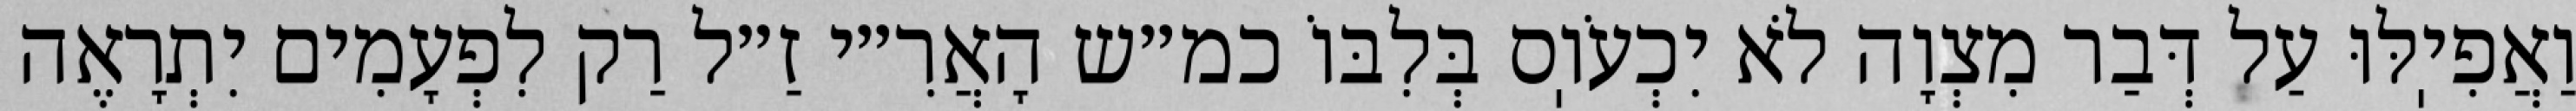
וַאֲפִיֽלּוּ עַל דְּבַר מִצְוָה לֹא יִכְעֹוֽס בְּלִבּוֹ כמ״ש הָאֲרִ״י זַ״ל רַק לִפְעָמִים יִתְרָאֶה